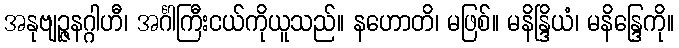
အနုဗျဉ္ဇနဂ္ဂါဟီ၊ အင်္ဂါကြီးငယ်ကိုယူသည်။ နဟောတိ၊ မဖြစ်။ မနိန္ဒြိယံ၊ မနိန္ဒြေကို။